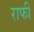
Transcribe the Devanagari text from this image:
राफी